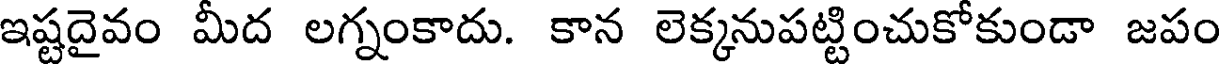
ఇష్టదైవం మీద లగ్నంకాదు. కాన లెక్కనుపట్టించుకోకుండా జపం